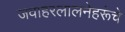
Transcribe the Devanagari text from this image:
जवाहरलालनेहरूंचे